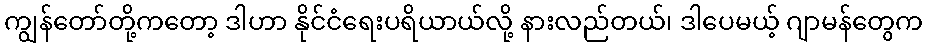
ကျွန်တော်တို့ကတော့ ဒါဟာ နိုင်ငံရေးပရိယာယ်လို့ နားလည်တယ်၊ ဒါပေမယ့် ဂျာမန်တွေက